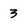
Character: 3